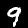
Label: 9